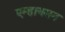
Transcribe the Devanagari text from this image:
एम्हायसन